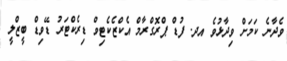
ވެދާނެ ކަމަށް ވިދާޅުވެ އދ. ފުޑް ޕްރޮގްރާމް އެކްޒެކެޓިވް ޑިރެކްޓަރު ޑޭވިޑް ބީޒްލީ